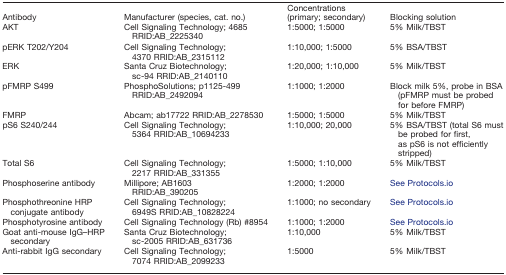
| Antibody | Manufacturer (species, cat. no.) | Concentrations (primary; secondary) | Blocking solution |
 | --- | --- | --- | --- |
 | AKT | Cell Signaling Technology; 4685 RRID:AB_2225340 | 1:5000; 1:5000 | 5% Milk/TBST |
 | pERK T202/Y204 | Cell Signaling Technology; 4370 RRID:AB_2315112 | 1:10,000; 1:5000 | 5% BSA/TBST |
 | ERK | Santa Cruz Biotechnology; sc-94 RRID:AB_2140110 | 1:20,000; 1:10,000 | 5% Milk/TBST |
 | pFMRP S499 | PhosphoSolutions; p1125-499 RRID:AB_2492094 | 1:1000; 1:2000 | Block milk 5%, probe in BSA (pFMRP must be probed for before FMRP) |
 | FMRP | Abcam; ab17722 RRID:AB_2278530 | 1:5000; 1:5000 | 5% Milk/TBST |
 | pS6 S240/244 | Cell Signaling Technology; 5364 RRID:AB_10694233 | 1:10,000; 20,000 | 5% BSA/TBST (total S6 must be probed for first, as pS6 is not efficiently stripped) |
 | Total S6 | Cell Signaling Technology; 2217 RRID:AB_331355 | 1:5000; 1:10,000 | 5% Milk/TBST |
 | Phosphoserine antibody | Millipore; AB1603 RRID:AB_390205 | 1:2000; 1:2000 | See Protocols.io |
 | Phosphothreonine HRP conjugate antibody | Cell Signaling Technology; 6949S RRID:AB_10828224 | 1:1000; no secondary | See Protocols.io |
 | Phosphotyrosine antibody | Cell Signaling Technology (Rb) #8954 | 1:1000; 1:2000 | See Protocols.io |
 | Goat anti-mouse IgG–HRP secondary | Santa Cruz Biotechnology; sc-2005 RRID:AB_631736 | 1:10,000 | 5% Milk/TBST |
 | Anti-rabbit IgG secondary | Cell Signaling Technology; 7074 RRID:AB_2099233 | 1:5000 | 5% Milk/TBST |